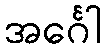
အင်္ဂေါ